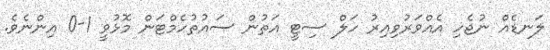
ލަނޑެއް ނުޖެހި އެއްވަރުވިއިރު ހަލް ސިޓީ އަތުން ސައުތުހެމްޓަން މޮޅުވީ 1-0 އިންނެވެ.